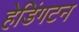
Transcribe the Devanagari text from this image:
हेडिंगटन